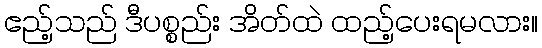
ဧည့်သည် ဒီပစ္စည်း အိတ်ထဲ ထည့်ပေးရမလား။